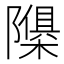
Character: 𮥬